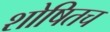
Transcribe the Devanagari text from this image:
शोषितच